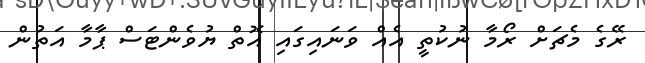
ރޭގެ މެޗަށް ރޯމާ ނުކުތީ އެއް ވަނައިގައި އޮތް ޔުވެންޓަސް ޕާމާ އަތުން